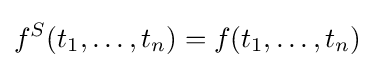
f^{S}(t_{1},\dots ,t_{n})=f(t_{1},\dots ,t_{n})